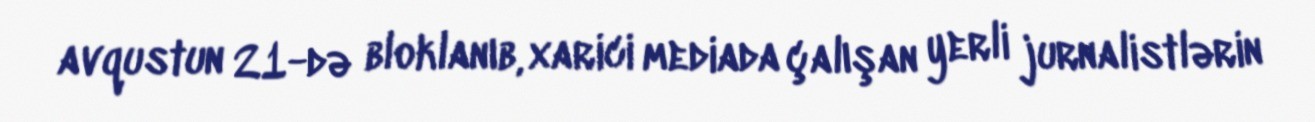
avqustun 21-də bloklanıb, xarici mediada çalışan yerli jurnalistlərin